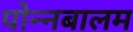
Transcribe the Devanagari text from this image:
पोन्नबालम